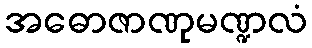
အဓောဇာဏုမဏ္ဍလံ